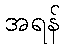
အရန်